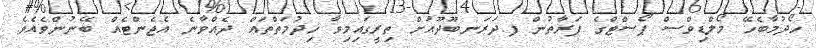
ހޯދުމާބެހޭ މޯލްޑިވްސް ޕޯސްޓްގެ ފަރާތުން ފ.ދަރަނބޫދޫއަށް ތިރީގައިމިވާ ޚިދުމަތްތައް ދެއްވާނެ އެޖެންޓެއް ބޭނުންވެއެވެ.